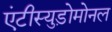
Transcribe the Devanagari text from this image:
एंटीस्युड़ोमोनल